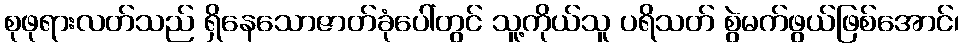
စုဖုရားလတ်သည် ရှိနေသောဇာတ်ခုံပေါ်တွင် သူ့ကိုယ်သူ ပရိသတ် စွဲမက်ဖွယ်ဖြစ်အောင်၊